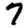
Digit: 7